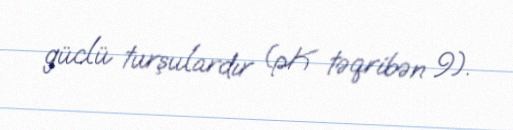
güclü turşulardır (pK təqribən 9).